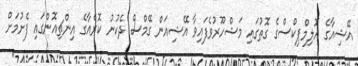
އޭޝިއާގެ އޮލިމްޕިކްސްގެ ގޮތުގައި މަޝްހޫރުވެފައިވާ އޭޝިއަން ގޭމްސް ދެކުނު ކޮރެއާގެ އިންޗިއޮންގައި ފެށުމަށް